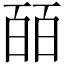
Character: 皕